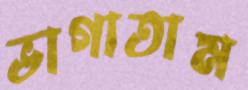
ভাগাতাম